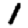
Digit: 1